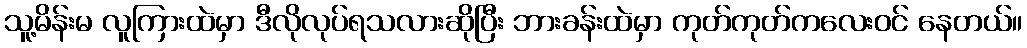
သူ့မိန်းမ လူကြားထဲမှာ ဒီလိုလုပ်ရသလားဆိုပြီး ဘားခန်းထဲမှာ ကုတ်ကုတ်ကလေးဝင် နေတယ်။